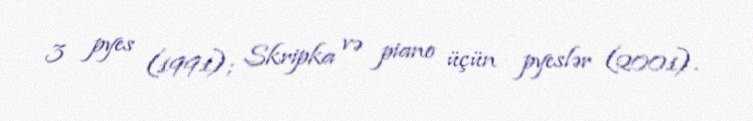
3 pyes (1991); Skripka və piano üçün pyeslər (2001).